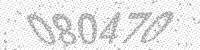
Solution: 080470